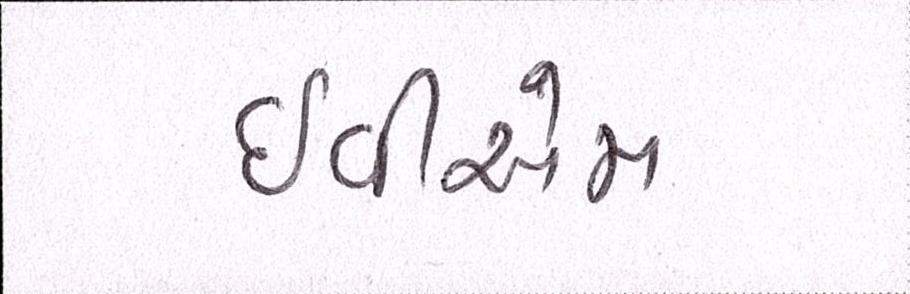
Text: ઇવીએમ